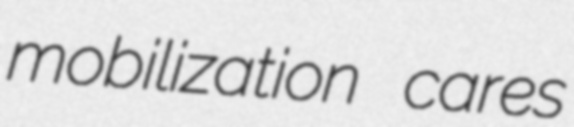
mobilization cares